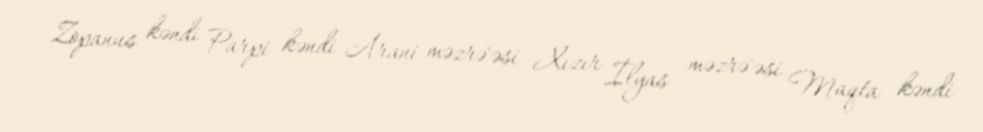
Zopanus kəndi Parpi kəndi Arani məzrə`əsi Xızır İlyas məzrə`əsi Maqta kəndi